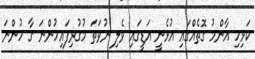
ކަޅިހި އާންމު ގޮތެއްގައި އުޅެނީ އަޑީގައި ވެލި ނުވަތަ މުގުރިފައިހުންނަ ގާ ހުންނަ